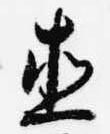
直